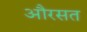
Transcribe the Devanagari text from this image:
औरसत